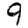
Digit: 9